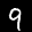
Label: 9